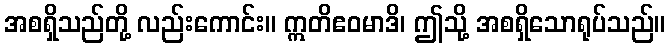
အစရှိသည်တို့ လည်းကောင်း။ ဣတိဧဝမာဒိ၊ ဤသို့ အစရှိသောရုပ်သည်။